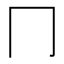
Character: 冂